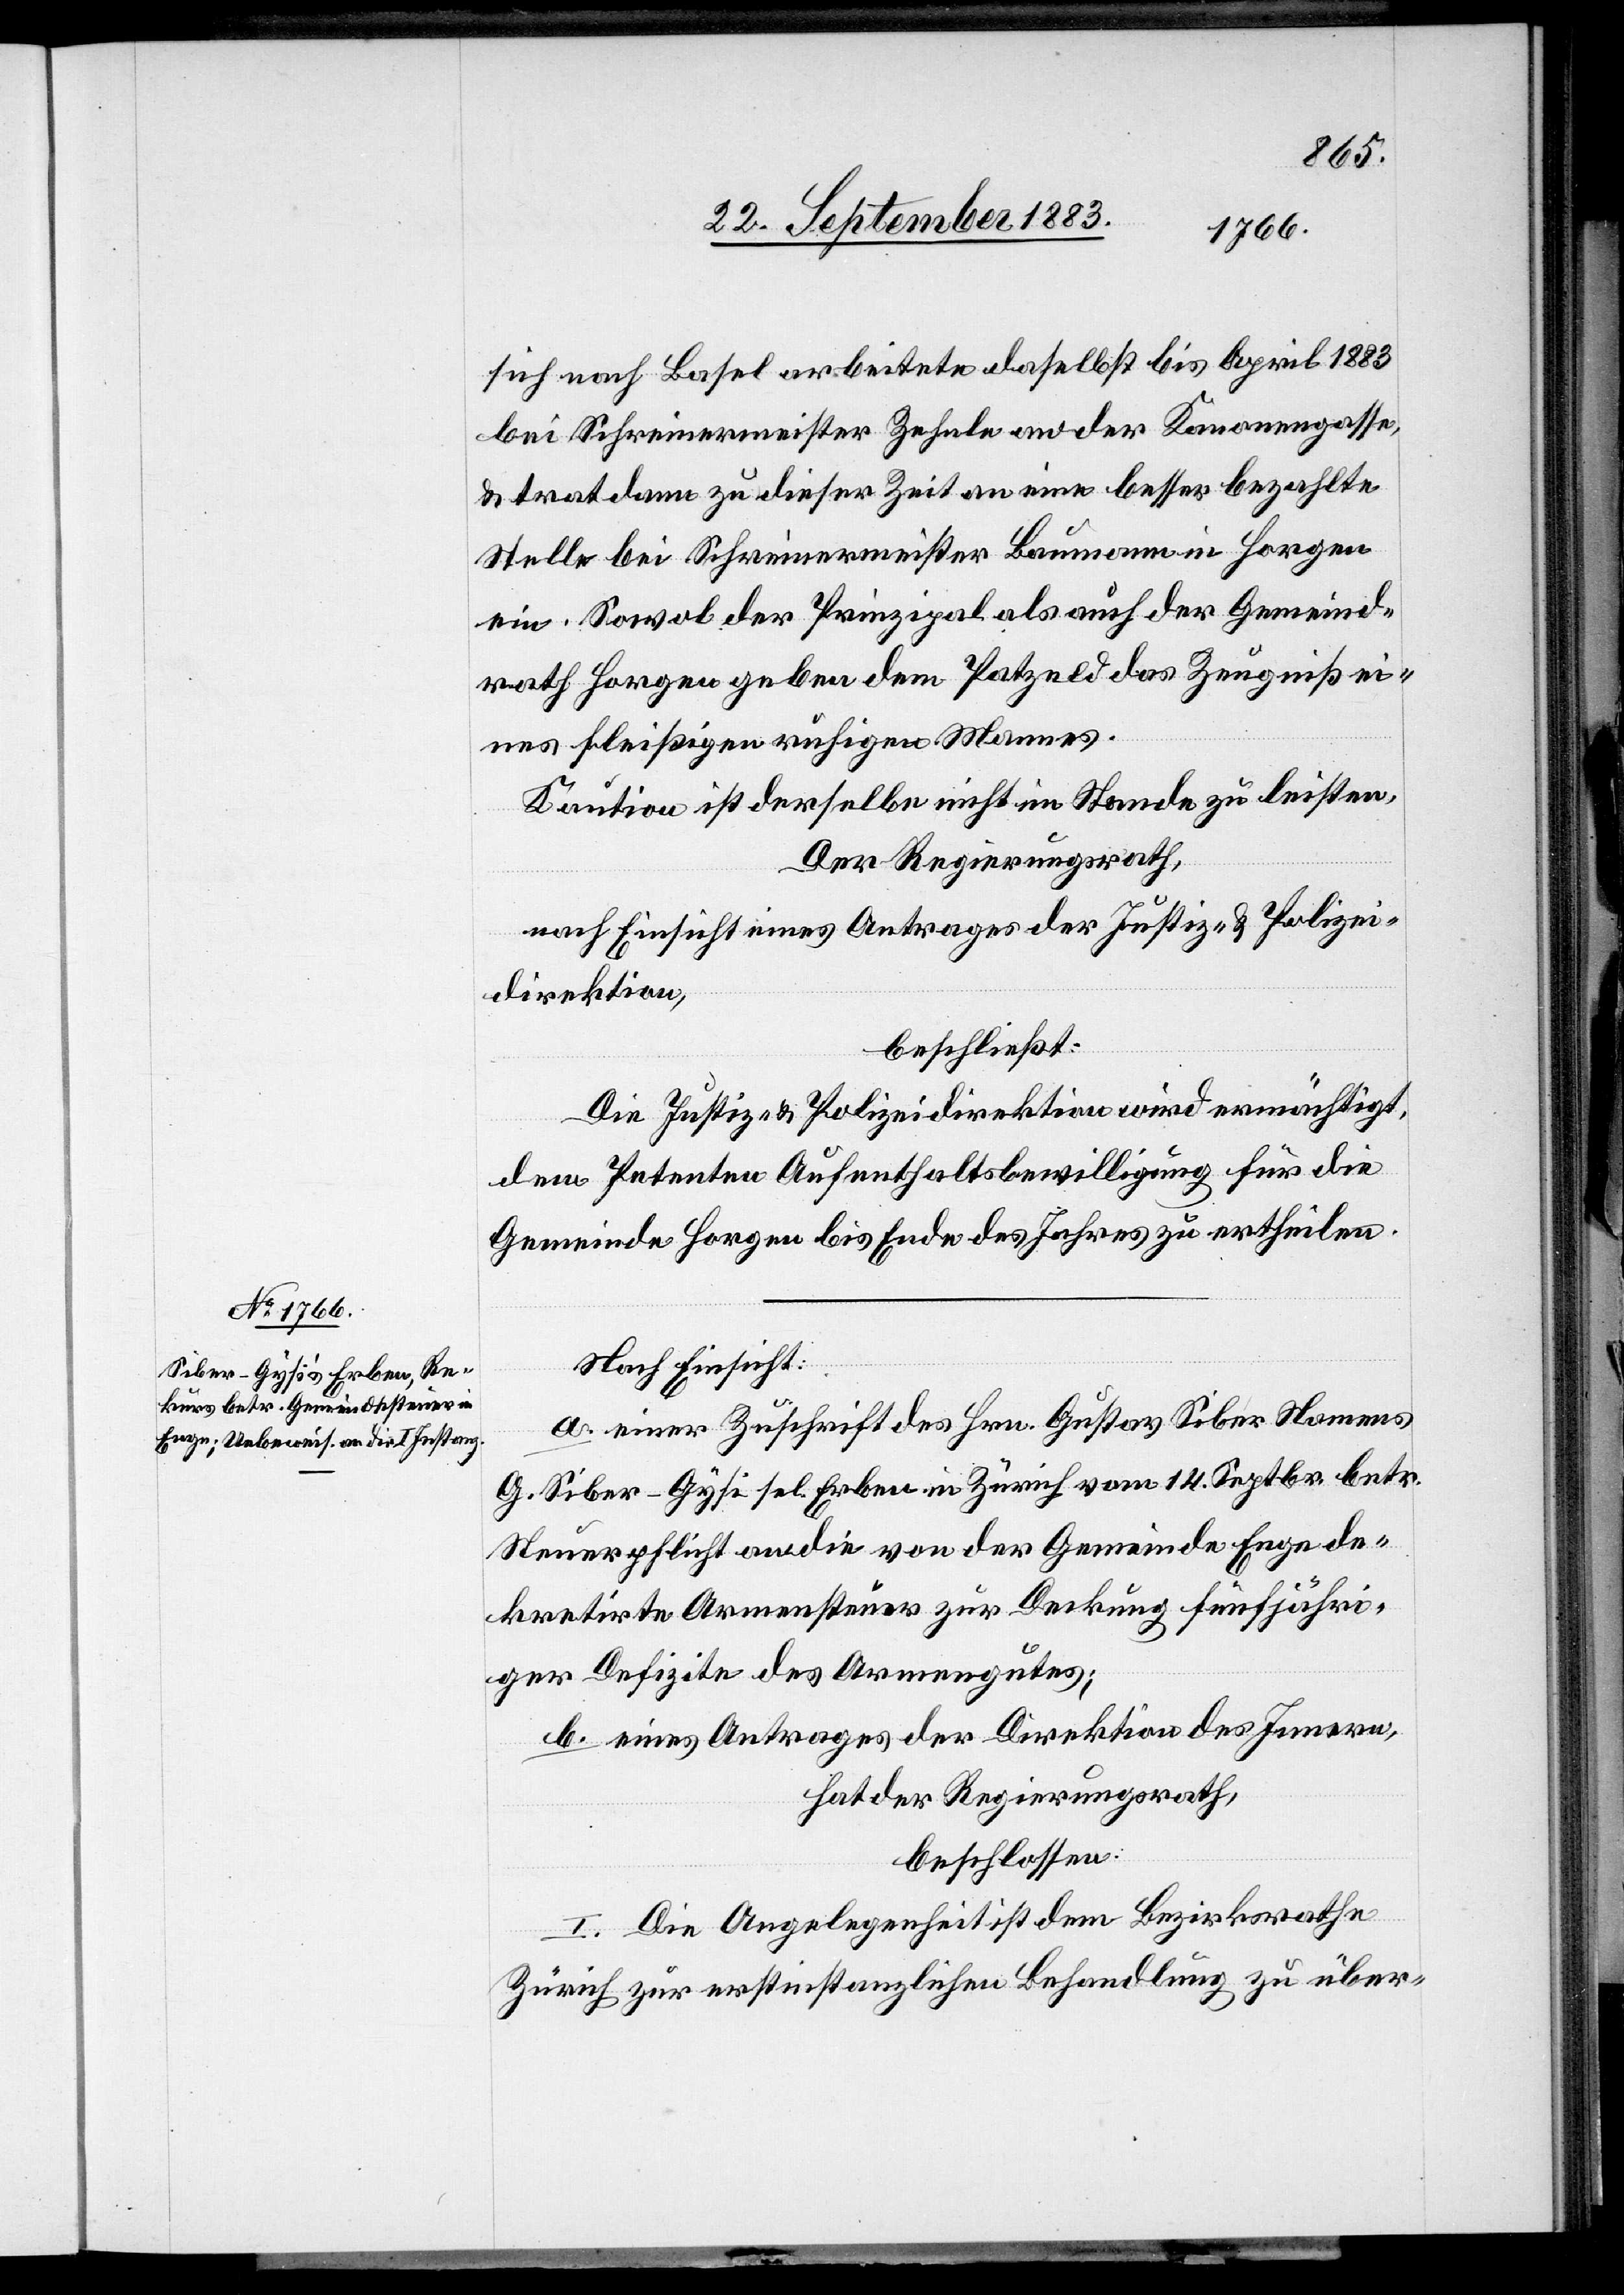
sich nach Basel[,] arbeitete daselbst bis April 1883
bei Schreinermeister Zehnle an der Kanonengasse,
& trat dann zu dieser Zeit an eine besser bezahlte
Stelle bei Schreinermeister Baumann in Horgen
Sowol der Prinzipal als auch der Gemeind¬
rath Horgen geben dem Patzeld das Zeugniß ei¬
nes fleißigen ruhigen Mannes.
Kaution ist derselbe nicht im Stande zu leisten.
Der Regierungsrath,
nach Einsicht eines Antrages der Justiz- & Polizei¬
direktion,
beschließt:
Die Justiz- & Polizeidirektion wird ermächtigt,
dem Petenten Aufenthaltsbewilligung für die
Gemeinde Horgen bis Ende des Jahres zu ertheilen.
Nach Einsicht:
a. einer Zuschrift des Hrn. Gustav Siber Namens
G. Siber-Gysi sel. Erben in Zürich vom 14. Septbr. betr.
Steuerpflicht an die von der Gemeinde Enge de¬
kretirte Armensteuer zur Deckung fünfjähri¬
ger Defizite des Armengutes;
b. eines Antrages der Direktion des Innern,
hat der Regierungsrath,
beschlossen:
I. Die Angelegenheit ist dem Bezirksrathe
Zürich zur erstinstanzlichen Behandlung zu über-